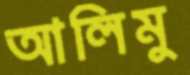
আলিমু